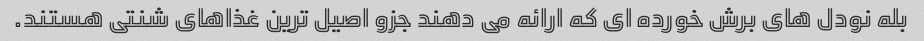
بله نودل های برش خورده ای که ارائه می دهند جزو اصیل ترین غذاهای شنتی هستند.